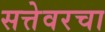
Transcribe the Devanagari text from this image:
सत्तेवरचा